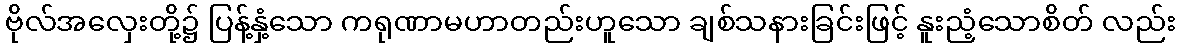
ဗိုလ်အလှေးတို့၌ ပြန့်နှံ့သော ကရုဏာမဟာတည်းဟူသော ချစ်သနားခြင်းဖြင့် နူးညံ့သောစိတ် လည်း